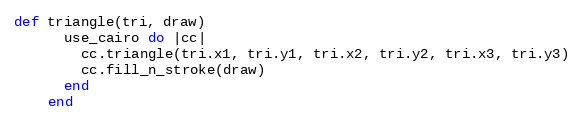
Language: Ruby
def triangle(tri, draw)
      use_cairo do |cc|
        cc.triangle(tri.x1, tri.y1, tri.x2, tri.y2, tri.x3, tri.y3)
        cc.fill_n_stroke(draw)
      end
    end